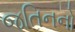
જતિનનો